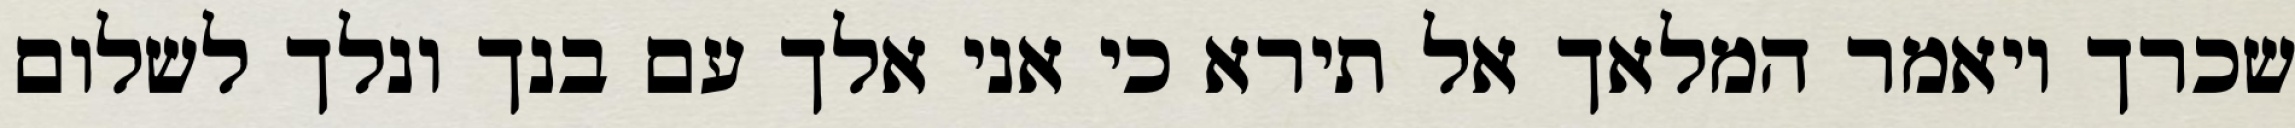
שכרך ויאמר המלאך אל תירא כי אני אלך עם בנך ונלך לשלום